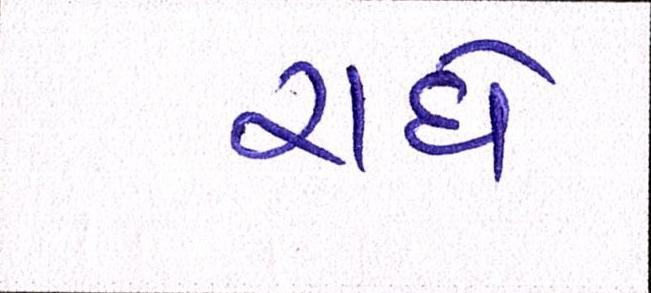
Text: રાધે